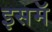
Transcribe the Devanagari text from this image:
इसमॅ